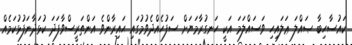
ކައުސާހިބާ ޞައްލަ ޢަލައިހި ވަސައްލަމަ އަކީ ހަނގުރާމަޔަށް ސަފުހެއްދެވުމުގައި ޙައިރާންވެ އަންތަރީސްވާފަދަ ކުޅަދާނަފުޅުކަމެއް